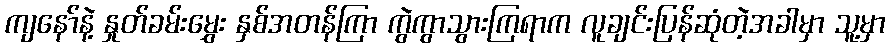
ကျနော်နဲ့ နှုတ်ခမ်းမွှေး နှစ်အတန်ကြာ ကွဲကွာသွားကြရာက လူချင်းပြန်ဆုံတဲ့အခါမှာ သူ့မှာ